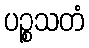
ပဉ္စသတံ